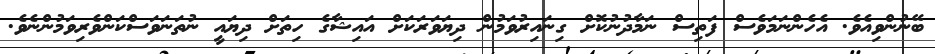
ބޭނުންވިއެވެ. އެހެންނަމަވެސް ފަތިސް ނަމާދުނުކޮށް ގިނައިރުވަމުން ދިޔަވަރަކަށް އައިޝާގެ ހިތަށް ދިޔައީ ނުތަނަވަސްކަންވެރިވަމުންނެވެ.